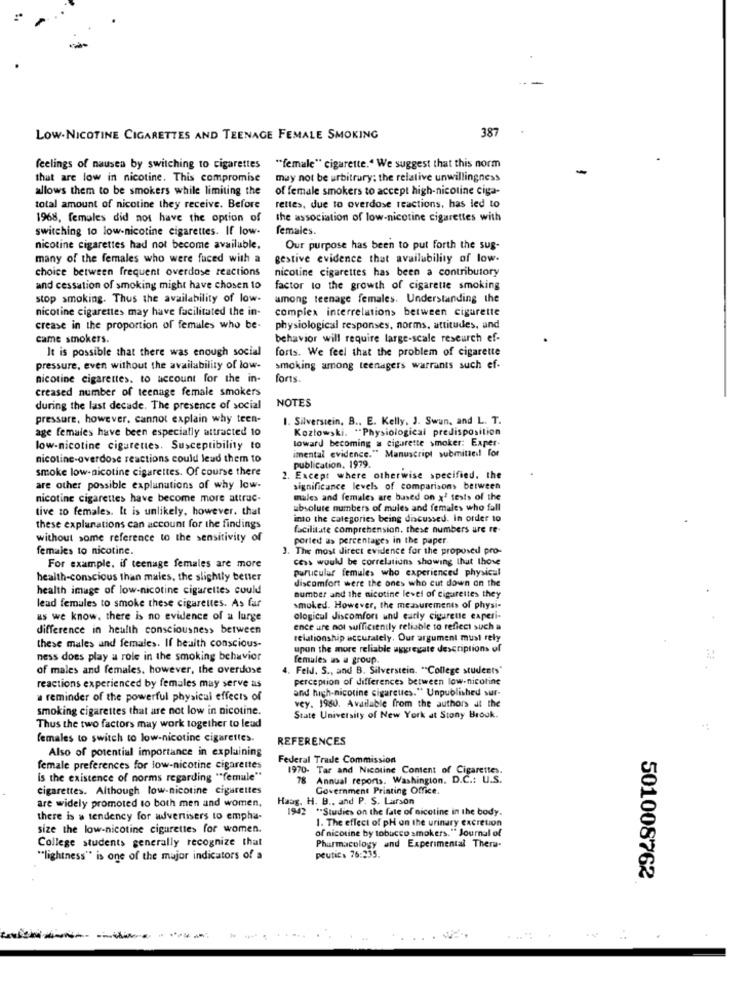
387
Low-NICOTINE CIGARETTES AND TEENAGE FEMALE SMOKING
feelings of nausea by switching to cigarettes
"female" cigarette." We suggest that this norm
that are low in nicotine. This compromise
may not be arbitrary; the relative unwillingness
allows them to be smokers while limiting the
of female smokers to accept high-nicoline ciga-
total amount of nicotine they receive. Before
rettes, due to overdose reactions, has led to
1968, females did not have the option of
the association of low-nicotine cigarettes with
switching to low-nicotine cigarettes. If low-
females.
nicotine cigarettes had not become available.
Our purpose has been to put forth the sug-
many of the females who were faced with a
gestive evidence that availability of low-
choice between frequent overdose reactions
nicotine cigarettes has been a contributory
and cessation of smoking might have chosen to
factor to the growth of cigarette smoking
stop smoking. Thus the availability of low-
among teenage females. Understanding the
nicotine cigarettes may have facilitated the in-
complex interrelations between cigarette
crease in the proportion of females who be-
physiological responses, norms, attitudes, and
came smokers.
behavior will require large-scale research ef-
forts. We feel that the problem of cigarette
It is possible that there was enough social
pressure, even without the availability of low-
smoking among teenagers warrants such ef-
nicotine cigarettes. to account for the in-
forts.
creased number of teenage female smokers
NOTES
during the last decade. The presence of social
pressure, however, cannot explain why teen-
1. Silverstein, B ., E. Kelly, J. Swun, and L. T.
age females have been especially attracted 10
Kozłowski. "Physiological predisposition
toward becoming a cigarette smoker: Exper-
low-nicotine cigarettes. Susceptibility to
nicotine-overdose reactions could lead them to
imental evidence." Manuscript submitted! for
smoke low-nicotine cigarettes. Of course there
publication. 1979.
2. Except where otherwise specified. the
are other possible explanations of why low-
significance levels of comparisons between
nicotine cigarettes have become more attrac-
males and females are based on x2 tests of the
tive to females. It is unlikely, however, that
absolute numbers of mules and females who fall
imo the categories being discussed. in order 10
these explanations can account for the findings
facilitate comprehension. these numbers ure re-
without some reference to the sensitivity of
ported as percentages in the paper.
females to nicotine.
3. The most direct evidence for the proposed pro-
cess would be correlations showing that those
For example, if teenage females are more
particular females who experienced physical
health-conscious than males, the slightly better
discomfort were the ones who cut down on the
health image of low-nicotine cigarettes could
number and the nicotine level of cigarettes they
lead females to smoke these cigarettes. As far
smoked. However, the me.nurements of physi-
as we know. there is no evidence of a lurge
ological Jiscomfort und carly cigarette experi-
difference in health consciousness between
ence are not sufficiently reliable to reflect such a
relationship accurately. Our argument must rely
these males und females. If health conscious-
upon the more reliable uxgregate descriptions of
ness does play a role in the smoking behavior
females us a group.
of males and females. however, the overdose
4. Feld. S ., and B. Silverstein. "College students"
perception of differences between low-nicotine
reactions experienced by females may serve as
and high-nicotine cigarettes." Unpublished sur-
a reminder of the powerful physical effects of
smoking cigarettes that are not low in nicotine.
vey. 1980. Available from the authors at the
State University of New York at Stony Brook.
Thus the two factors may work together to lead
females to switch to low-nicotine cigarettes.
REFERENCES
Also of potential importance in explaining
Federal Trade Commission
female preferences for low-nicotine cigarettes
1970- Tar and Nicotine Content of Cigarettes.
is the existence of norms regarding "*female"
78 Annual reports. Washington. D.C .: U.S.
cigarettes. Although low-nicotine cigarettes
Government Printing Office.
Haag. H. B ., and P. S. Larson
are widely promoted to both men and women,
1942 ** Studies on the fate of nicotine in the body.
there is a tendency for wvertisers to empha-
size the low-nicotine cigarettes for women.
of nicotine by tobacco smokers." Journal of
1. The effect of pH on the urinary excretion
College students generally recognize that
Pharmacology and Experimental Thera-
""lightness" is one of the major indicators of a
peutic. 76:235.
501008762